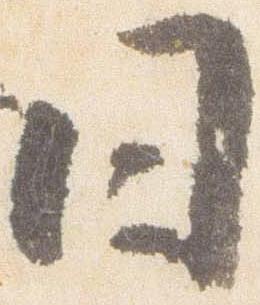
日